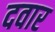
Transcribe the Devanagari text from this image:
दवार